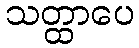
သတ္ထာပေ